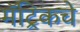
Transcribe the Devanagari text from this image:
मॅट्रिकचे